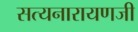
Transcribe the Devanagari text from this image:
सत्यनारायणजी